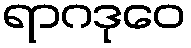
ရာဂဒုဝေ